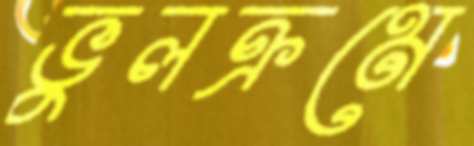
ভুলক্রমে